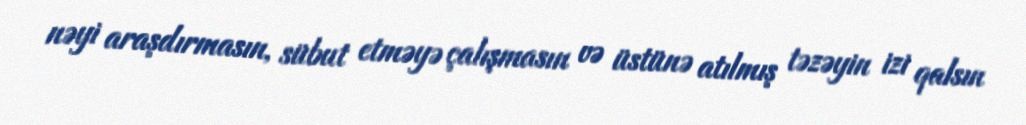
nəyi araşdırmasın, sübut etməyə çalışmasın və üstünə atılmış təzəyin izi qalsın